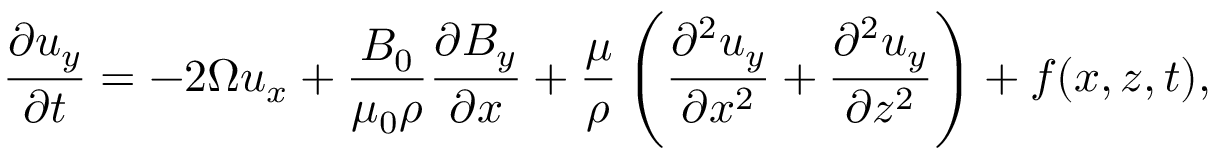
\frac { \partial u _ { y } } { \partial t } = - 2 \Omega u _ { x } + \frac { B _ { 0 } } { \mu _ { 0 } \rho } \frac { \partial B _ { y } } { \partial x } + \frac { \mu } { \rho } \left( \frac { \partial ^ { 2 } u _ { y } } { \partial x ^ { 2 } } + \frac { \partial ^ { 2 } u _ { y } } { \partial z ^ { 2 } } \right) + f ( x , z , t ) ,